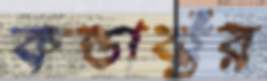
কন্ডাক্টর